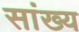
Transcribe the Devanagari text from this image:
सांख्‍य